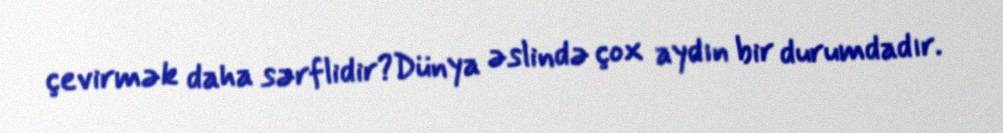
çevirmək daha sərflidir?Dünya əslində çox aydın bir durumdadır.